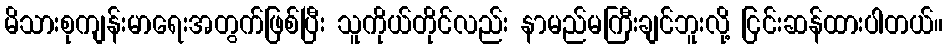
မိသားစုကျန်းမာရေးအတွက်ဖြစ်ပြီး သူကိုယ်တိုင်လည်း နာမည်မကြီးချင်ဘူးလို့ ငြင်းဆန်ထားပါတယ်။